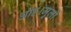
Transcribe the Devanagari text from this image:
आह।मुली